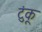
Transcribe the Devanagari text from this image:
टुंकू